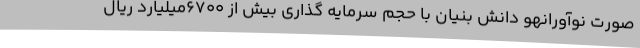
صورت نوآورانهو دانش بنیان با حجم سرمایه گذاری بیش از 6700میلیارد ریال